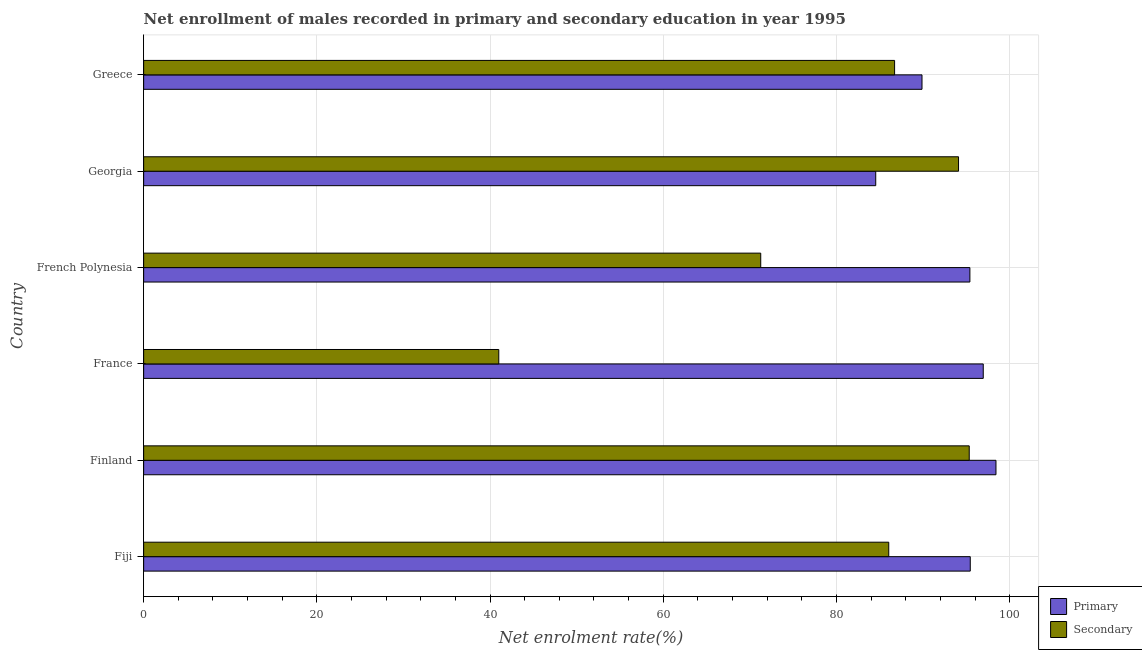
| Country | Primary | Secondary |
 | --- | --- | --- |
 | Fiji | 95.5 | 86 |
 | Finland | 98.4 | 95.3 |
 | France | 97 | 41 |
 | French Polynesia | 95.4 | 71.3 |
 | Georgia | 84.5 | 94.1 |
 | Greece | 89.9 | 86.7 |